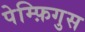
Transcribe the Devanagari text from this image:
पेम्फ़िगुस